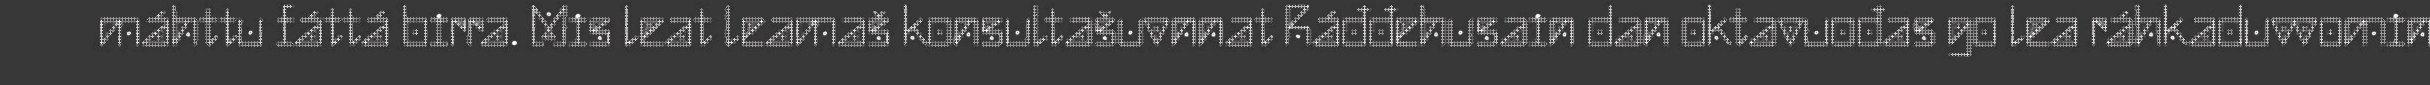
máhttu fáttá birra. Mis leat leamaš konsultašuvnnat Ráđđehusain dan oktavuođas go lea ráhkaduvvomin